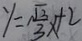
y = \frac { \sqrt { 3 } } { 3 } x + 2